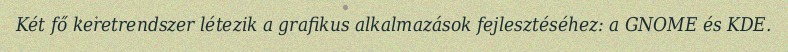
Két fő keretrendszer létezik a grafikus alkalmazások fejlesztéséhez: a GNOME és KDE.